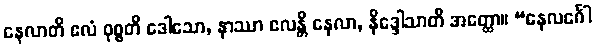
နေလာတိ ဧလံ ဝုစ္စတိ ဒေါသော, နာဿာ ဧလန္တိ နေလာ, နိဒ္ဒေါသာတိ အတ္ထော။ “နေလင်္ဂေါ